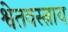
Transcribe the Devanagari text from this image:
श्वेतवस्त्राय